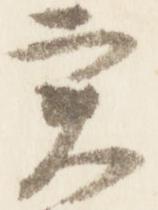
実